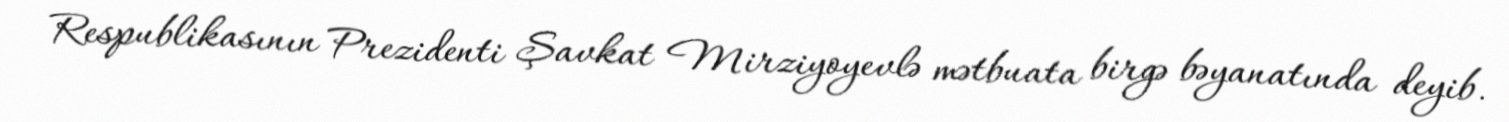
Respublikasının Prezidenti Şavkat Mirziyoyevlə mətbuata birgə bəyanatında deyib.